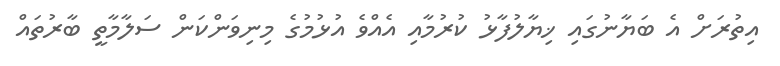
އިތުރަށް އެ ބަޔާނުގައި ޚިޔާލުފާޅު ކުރުމާއި އެއްވެ އުޅުމުގެ މިނިވަންކަން ސަލާމާތީ ބާރުތައް